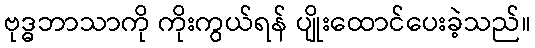
ဗုဒ္ဓဘာသာကို ကိုးကွယ်ရန် ပျိုးထောင်ပေးခဲ့သည်။